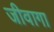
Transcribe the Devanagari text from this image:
जीवागा